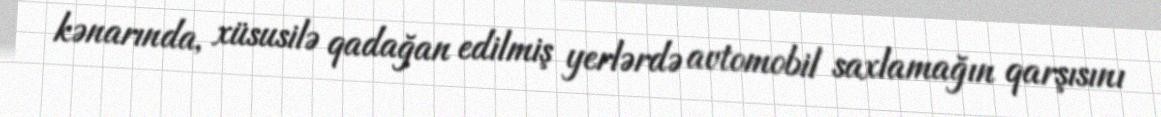
kənarında, xüsusilə qadağan edilmiş yerlərdə avtomobil saxlamağın qarşısını